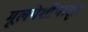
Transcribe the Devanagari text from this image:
मूलपेशींपासून